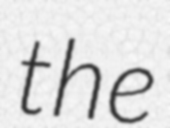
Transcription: the